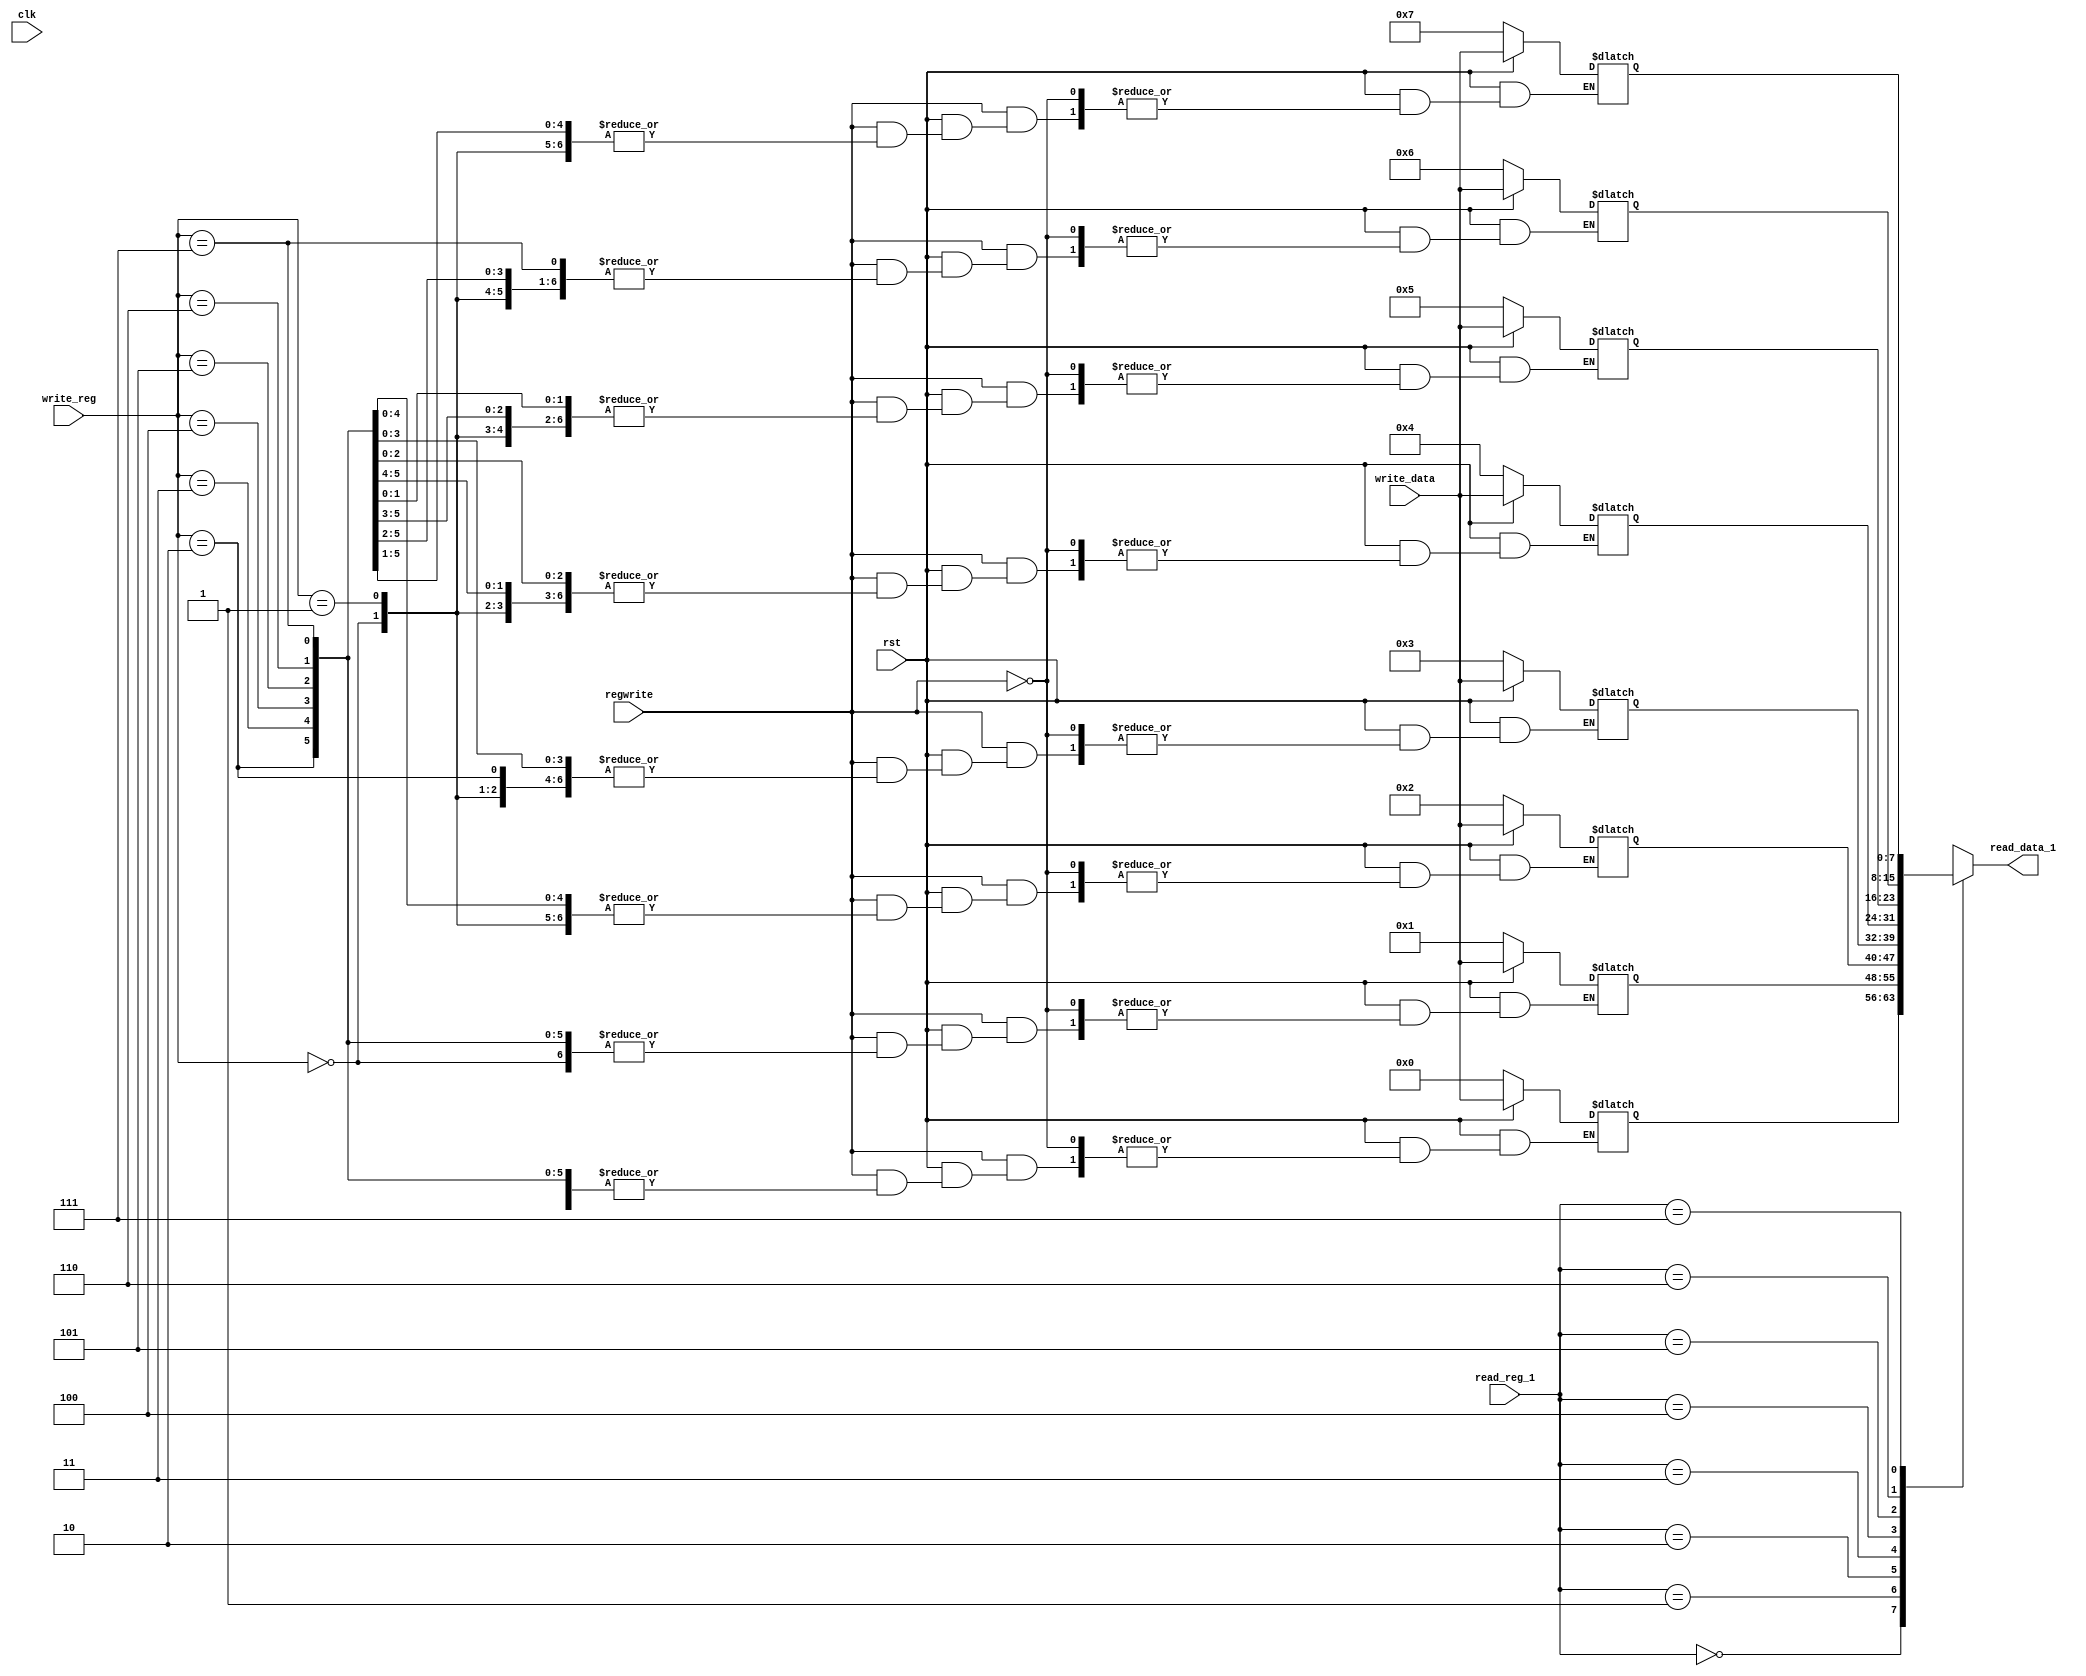
`timescale 1ns / 1ps
//////////////////////////////////////////////////////////////////////////////////
// Company: 
// Engineer: 
// 
// Design Name: 
// Module Name:    Register_File 
// Project Name: 
// Target Devices: 
// Tool versions: 
// Description: 
//
// Dependencies: 
//
// Revision: 
// Revision 0.01 - File Created
// Additional Comments: 
//
//////////////////////////////////////////////////////////////////////////////////
module Register_File(
	input [2:0] read_reg_1,
	input [2:0] write_reg,
	input [7:0] write_data,
	output [7:0] read_data_1,
	input wire regwrite,
	input wire rst,
	input wire clk
    );
	reg[7:0] reg_mem [7:0];
	assign read_data_1 = reg_mem[read_reg_1];
	//since we are not clock dependent.
	always@(*)
	begin
		if(rst == 0)
			begin
			reg_mem[0] = 8'h0;
			reg_mem[1] = 8'h1;
			reg_mem[2] = 8'h2;
			reg_mem[3] = 8'h3;
			reg_mem[4] = 8'h4;
			reg_mem[5] = 8'h5;
			reg_mem[6] = 8'h6;
			reg_mem[7] = 8'h7;
			end
		else
			begin
			if(regwrite == 1)
				begin
				reg_mem[write_reg] = write_data;
				end
			end
		end



endmodule